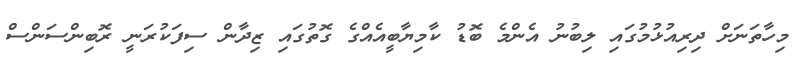
މިހާތަނަށް ދިރިއުޅުމުގައި ލިބުނު އެންމެ ބޮޑު ކާމިޔާބީއެއްގެ ގޮތުގައި ޒިދާން ސިފަކުރަނީ ރޮބިންސަންސް